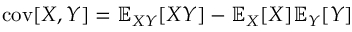
\operatorname { c o v } [ X , Y ] = \mathbb { E } _ { X Y } [ X Y ] - \mathbb { E } _ { X } [ X ] \mathbb { E } _ { Y } [ Y ]